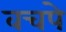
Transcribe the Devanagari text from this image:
वचपे